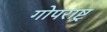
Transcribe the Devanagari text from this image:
गोपराष्ट्र